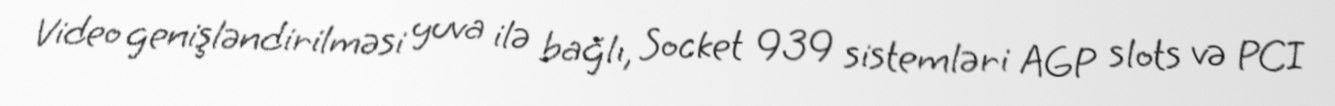
Video genişləndirilməsi yuva ilə bağlı, Socket 939 sistemləri AGP slots və PCI